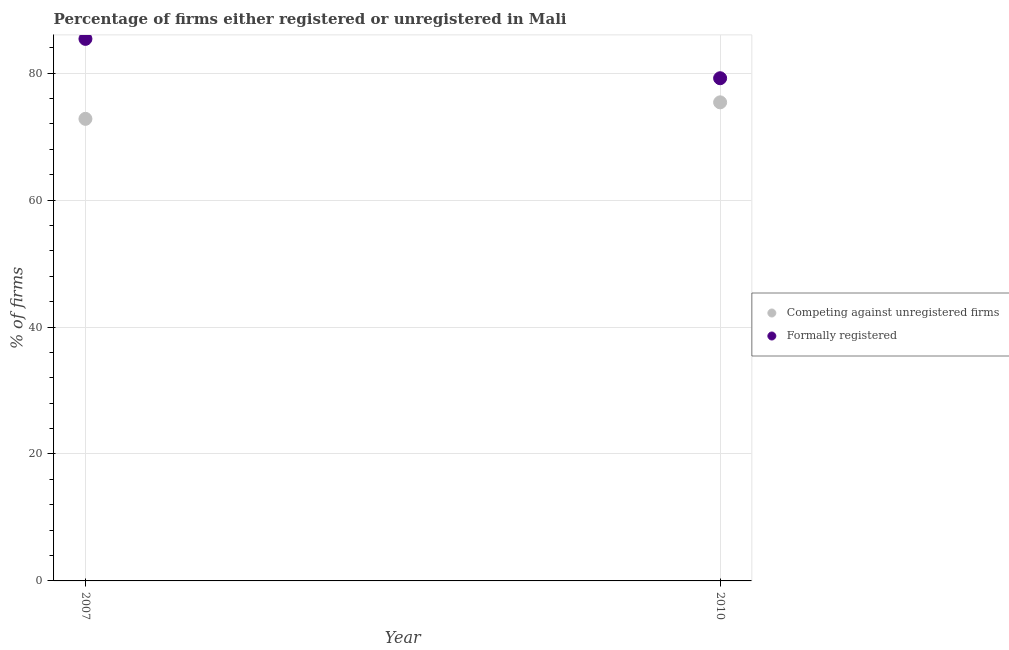
| Year | Competing against unregistered firms | Formally registered |
 | --- | --- | --- |
 | 2007 | 72.8 | 85.4 |
 | 2010 | 75.4 | 79.2 |